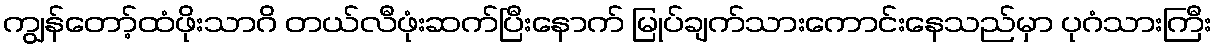
ကျွန်တော့်ထံဖိုးသာဂိ တယ်လီဖုံးဆက်ပြီးနောက် မြုပ်ချက်သားကောင်းနေသည်မှာ ပုဂံသားကြီး